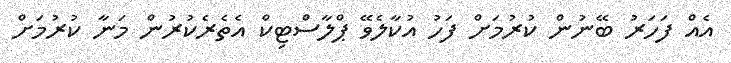
އެއް ފަހަރު ބޭނުން ކުރުމަށް ފަހު އުކާލެވޭ ޕްލާސްޓިކް އެތެރެކުރުން މަނާ ކުރުމަށް